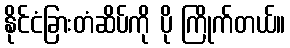
နိုင်ငံခြားတံဆိပ်ကို ပို ကြိုက်တယ်။